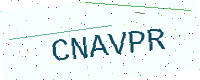
Text: CNAVPR